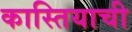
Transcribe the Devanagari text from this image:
कास्तियाची